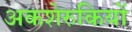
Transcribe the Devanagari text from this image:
अकशेरुकियों